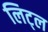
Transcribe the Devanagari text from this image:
लिट्‌ल